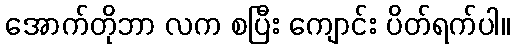
အောက်တိုဘာ လက စပြီး ကျောင်း ပိတ်ရက်ပါ။